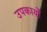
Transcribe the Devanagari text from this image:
उपकार्यों